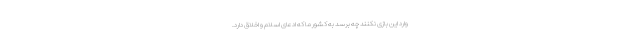
وارد این بازی نکنند چه برسد به کشور ما که ادعای اسلام و اخلاق دارد.